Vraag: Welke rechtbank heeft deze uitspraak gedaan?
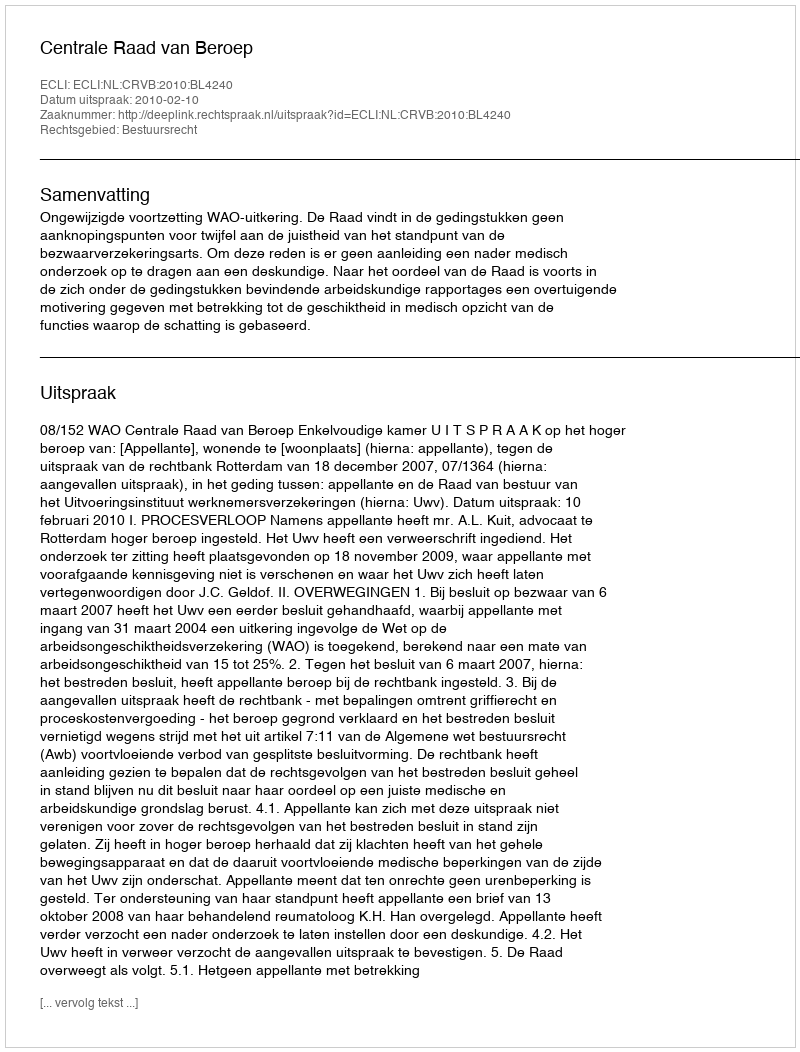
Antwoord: Centrale Raad van Beroep